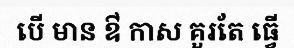
បើ មាន ឳ កាស គួរតែ ធ្វើ